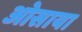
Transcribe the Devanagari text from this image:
ओसाया